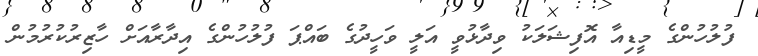
ފުލުހުންގެ މީޑިއާ އޮފިޝަލަކު ވިދާޅުވީ އަލީ ވަހީދުގެ ބައްޕަ ފުލުހުންގެ އިދާރާއަށް ހާޒިރުކުރުމުން